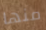
منها